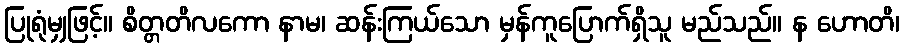
ပြုရုံမျှဖြင့်။ စိတ္တတိလကော နာမ၊ ဆန်းကြယ်သော မှန်ကူပြောက်ရှိသူ မည်သည်။ န ဟောတိ၊